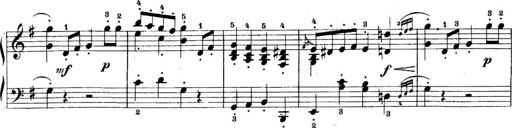
Title: 5 Sonatinas
Composer: Theodor Kirchner